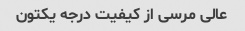
عالی مرسی از کیفیت درجه یکتون